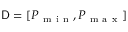
\mathsf { D } = [ P _ { \mathrm { ~ m ~ i ~ n ~ } } , P _ { \mathrm { ~ m ~ a ~ x ~ } } ]